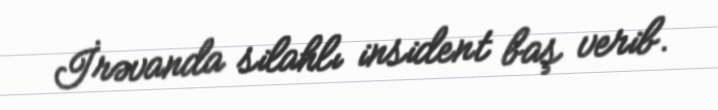
İrəvanda silahlı insident baş verib.